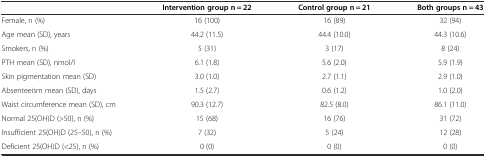
<table><thead><tr><td></td><td><b>Intervention group n = 22</b></td><td><b>Control group n = 21</b></td><td><b>Both groups n = 43</b></td></tr></thead><tbody><tr><td>Female, n (%)</td><td>16 (100)</td><td>16 (89)</td><td>32 (94)</td></tr><tr><td>Age mean (SD), years</td><td>44.2 (11.5)</td><td>44.4 (10.0)</td><td>44.3 (10.6)</td></tr><tr><td>Smokers, n (%)</td><td>5 (31)</td><td>3 (17)</td><td>8 (24)</td></tr><tr><td>PTH mean (SD), nmol/l</td><td>6.1 (1.8)</td><td>5.6 (2.0)</td><td>5.9 (1.9)</td></tr><tr><td>Skin pigmentation mean (SD)</td><td>3.0 (1.0)</td><td>2.7 (1.1)</td><td>2.9 (1.0)</td></tr><tr><td>Absenteeism mean (SD), days</td><td>1.5 (2.7)</td><td>0.6 (1.2)</td><td>1.0 (2.0)</td></tr><tr><td>Waist circumference mean (SD), cm</td><td>90.3 (12.7)</td><td>82.5 (8.0)</td><td>86.1 (11.0)</td></tr><tr><td>Normal 25(OH)D (&gt;50), n (%)</td><td>15 (68)</td><td>16 (76)</td><td>31 (72)</td></tr><tr><td>Insufficient 25(OH)D (25–50), n (%)</td><td>7 (32)</td><td>5 (24)</td><td>12 (28)</td></tr><tr><td>Deficient 25(OH)D (&lt;25), n (%)</td><td>0 (0)</td><td>0 (0)</td><td>0 (0)</td></tr></tbody></table>